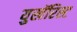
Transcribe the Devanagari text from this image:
युखॅरिस्ट